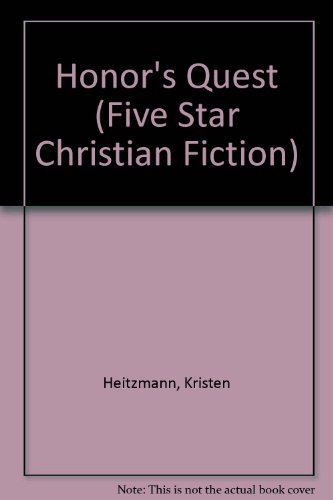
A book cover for Honor's Quest (Rocky Mountain Legacy #3); Kristen Heitzmann; Religion & Spirituality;